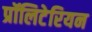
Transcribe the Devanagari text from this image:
प्रॉलिटेरियन